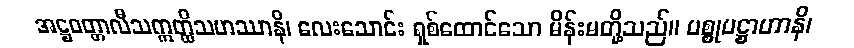
အဋ္ဌဝတ္တာလီသဣတ္ထိသဟဿာနိ၊ လေးသောင်း ရှစ်ထောင်သော မိန်းမတို့သည်။ ပစ္စုပဋ္ဌာဟာနိ၊